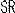
SR